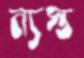
ন্যস্ত